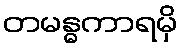
တမန္ဓကာရမှိ